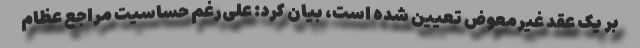
بر یک عقد غیرمعوض تعیین شده است، بیان کرد: علی‌رغم حساسیت مراجع عظام